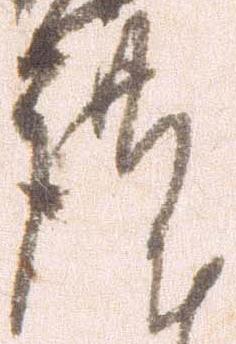
謹